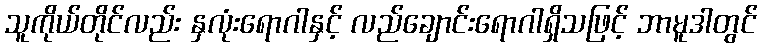
သူကိုယ်တိုင်လည်း နှလုံးရောဂါနှင့် လည်ချောင်းရောဂါရှိသဖြင့် ဘာမူဒါတွင်